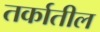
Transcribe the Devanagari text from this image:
तर्कातील